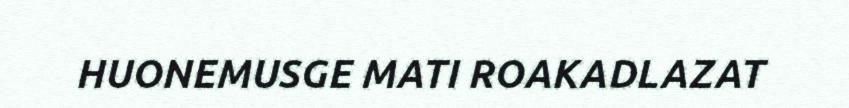
HUONEMUSGE MATI ROAKADLAZAT